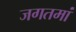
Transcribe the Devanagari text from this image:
जगतमां